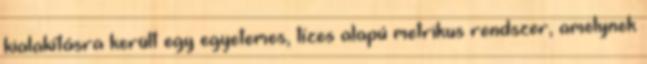
kialakításra került egy egyetemes, tízes alapú metrikus rendszer, amelynek